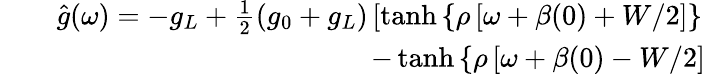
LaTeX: \begin{array}{rlr}&{}&{\hat{g}(\omega)=-g_{L}+\frac{1}{2}\left(g_{0}+g_{L}\right)\left[\operatorname{tanh}\left\lbrace\rho\left[\omega+\beta(0)+W/2\right]\right\rbrace\right.}\\ &{}&{\left.-\operatorname{tanh}\left\lbrace\rho\left[\omega+\beta(0)-W/2\right]\right\rbrace\right],\! \! \! \! \! \! \! }\end{array}